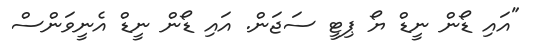
"އައި ޑޯން ނީޑް ޔޯ ޕިޓީ ސަޖަން. އައި ޑޯން ނީޑް އެނީވަންސް